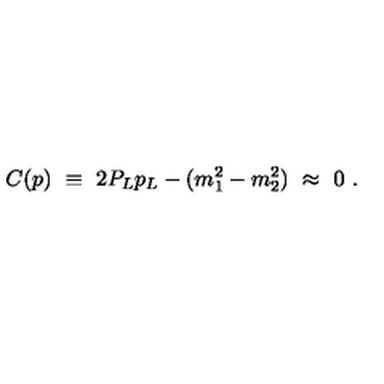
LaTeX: C ( p ) \ \equiv \ 2 P _ { L } p _ { L } - ( m _ { 1 } ^ { 2 } - m _ { 2 } ^ { 2 } ) \ \approx \ 0 \ .